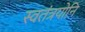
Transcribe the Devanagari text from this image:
स्वतंत्रयोनि